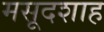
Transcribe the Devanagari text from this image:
मसूदशाह